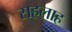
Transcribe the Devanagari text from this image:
सहलाह